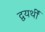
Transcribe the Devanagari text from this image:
द्वयर्थीं